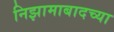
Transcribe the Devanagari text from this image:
निझामाबादच्या